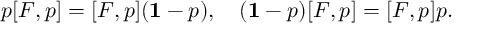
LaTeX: p [ F , p ] = [ F , p ] ( { \bf 1 } - p ) , \quad ( { \bf 1 } - p ) [ F , p ] = [ F , p ] p .